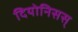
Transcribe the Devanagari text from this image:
दियोनिसस्